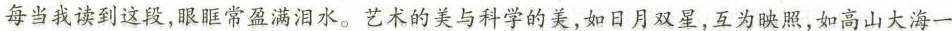
每当我读到这段，眼眶常盈满泪水。艺术的美与科学的美，如日月双星，互为映照，如高山大海一